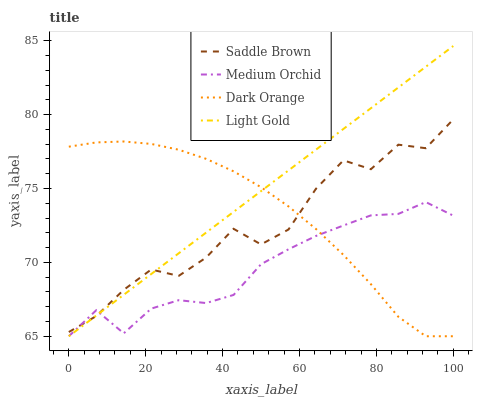
| xaxis_label | Saddle Brown | Medium Orchid | Dark Orange | Light Gold |
 | --- | --- | --- | --- | --- |
 | 0 | 65.3 | 65 | 77.8 | 65 |
 | 7.14 | 66.4 | 66.8 | 78.1 | 66.4 |
 | 14.3 | 68.1 | 65.2 | 78.2 | 67.8 |
 | 21.4 | 69.5 | 66.9 | 78 | 69.2 |
 | 28.6 | 69.1 | 67.4 | 77.6 | 70.6 |
 | 35.7 | 70.3 | 67.2 | 77 | 72 |
 | 42.9 | 72.3 | 67.8 | 76.2 | 73.4 |
 | 50 | 71.2 | 69.9 | 75.1 | 74.8 |
 | 57.1 | 72.2 | 70.9 | 73.8 | 76.2 |
 | 64.3 | 75 | 71.8 | 72.3 | 77.6 |
 | 71.4 | 76.9 | 72.5 | 70.5 | 79 |
 | 78.6 | 76.3 | 73.2 | 68.5 | 80.4 |
 | 85.7 | 78 | 73.3 | 66.3 | 81.8 |
 | 92.9 | 77.7 | 74.1 | 65 | 83.2 |
 | 100 | 79.7 | 73.2 | 65 | 84.6 |